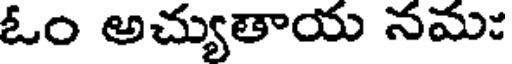
ఓం అచ్యుతాయ నమ